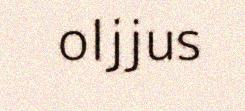
oljjus